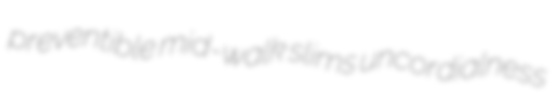
preventible mid-walk slims uncordialness